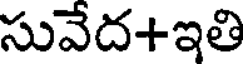
సువేద+ఇతి